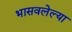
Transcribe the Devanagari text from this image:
भासवलेल्या